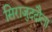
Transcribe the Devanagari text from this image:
सिराजुददौला